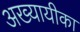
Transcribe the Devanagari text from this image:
अख्यायीका